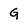
Character: G